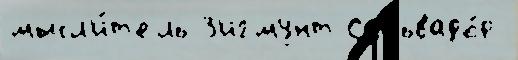
мысл'и́т'ель З'игмунт Сальвадо́р